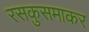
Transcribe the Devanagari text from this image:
रसकुसमाकर